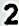
2